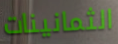
الثمانينات